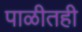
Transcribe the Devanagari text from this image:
पाळीतही